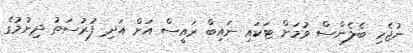
ނުޖެހި ބެލެންސް ވުމަށް ޓަކައި ނައިބް ރައީސް އަށް އަދި ފުރުސަތު ދިނުމުގެ